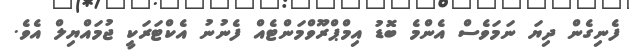
ފެނިގެން ދިޔަ ނަމަވެސް އެންމެ ބޮޑު އިމްޕްރޫވްމަންޓެއް ފެނުނު އެކްޓަރަކީ ޖުމައްޔިލް އެވެ.